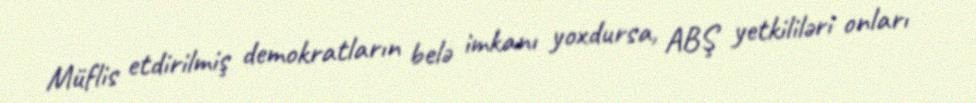
Müflis etdirilmiş demokratların belə imkanı yoxdursa, ABŞ yetkililəri onları